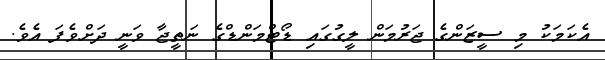
އެކަމަކު މި ސީޒަންގެ ޖަރުމަން ލީގުގައި ޑޯޓްމަންޑްގެ ނަތީޖާ ވަނީ ދަށްވެފަ އެވެ.